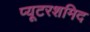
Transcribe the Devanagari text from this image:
प्यूटरशमिद